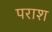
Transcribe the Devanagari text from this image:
पराश